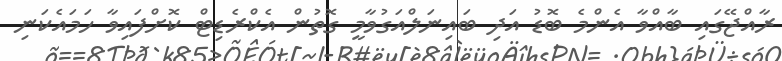
ރާއްޖޭގައި ބާއްވާ އެންމެ ބޮޑު އަދި ބައިނަލްއަގުވާމީ ގޮތުން އެކްރެޑިޓް ކޮށްފައިވާ ހަމައެކަނި